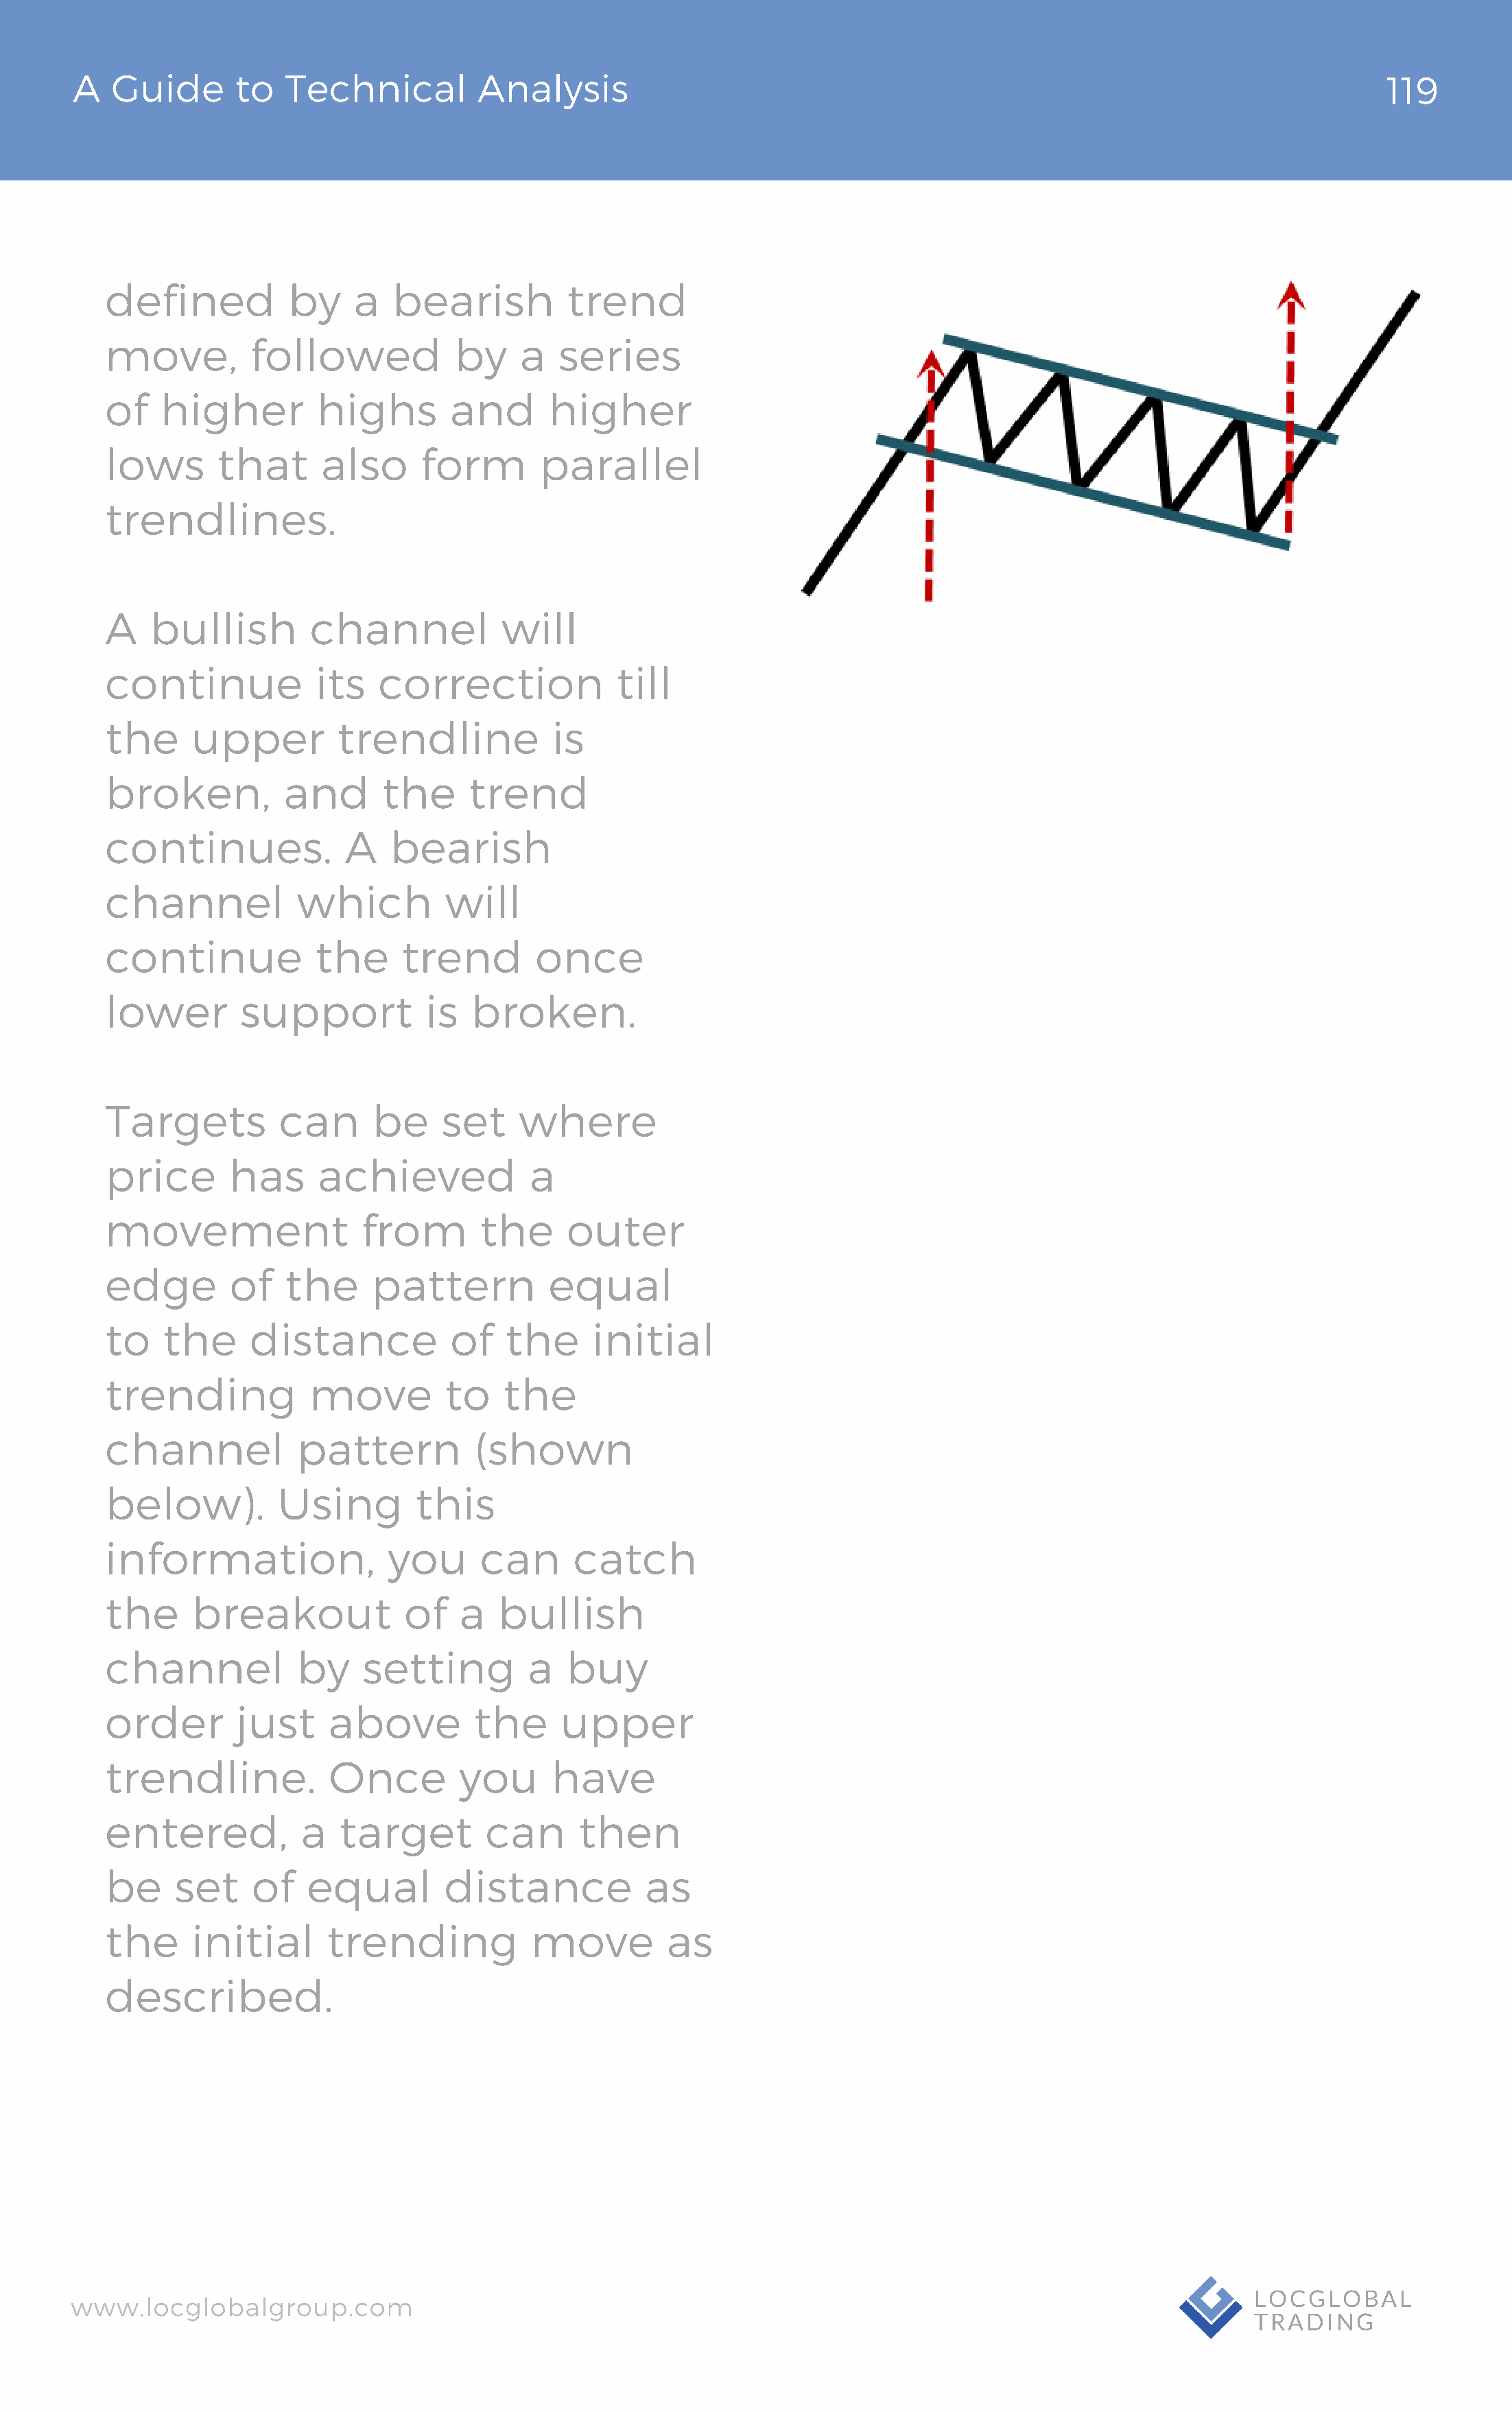
A   Guide       to  Technical          Analysis                                                                                119
 defined           by    a   bearish          trend
 move,         followed            by    a   series
 of   higher          highs       and       higher
 lows       that      also      form       parallel
 trendlines.
 A   bullish         channel           will
 continue            its   correction             till
 the     upper          trendline           is
 broken,          and       the     trend
 continues.             A    bearish
 channel            which         will
 continue            the      trend        once
 lower        support           is  broken.
 Targets          can      be     set    where
 price       has      achieved            a
 movement                 from       the      outer
 edge        of   the      pattern          equal
 to    the     distance           of    the     initial
 trending            move         to    the
 channel            pattern          (shown
 below).          Using        this
 information,               you      can      catch
 the     breakout             of   a   bullish
 channel            by    setting         a   buy
 order        just     above         the     upper
 t rendline.           Once        you      have
 entered,           a   target        can      then
 be     set    of    equal        distance           as
 the     initial       trending           move         as
 described.
 www.locglobalgroup.com                                                                                            LOCGLOBAL
 TRADING